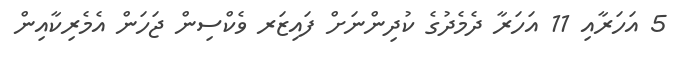
5 އަހަރާއި 11 އަހަރާ ދެމެދުގެ ކުދިންނަށް ފައިޒަރ ވެކްސިން ޖަހަން އެމެރިކާއިން